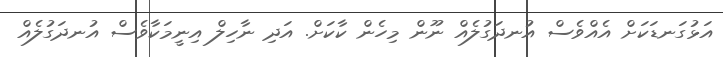
އަޅުގަނޑަކަށް އެއްވެސް އުނދަގުލެއް ނޫން މިހެން ކާކަށް. އަދި ނާހިލް އިނީމަކާވެސް އުނދަގުލެއް